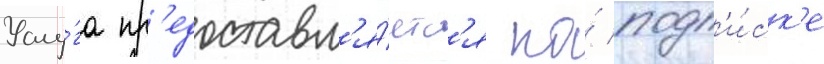
Услу́га пр'едоставл'я́етс'я по́ подп'и́ск'е